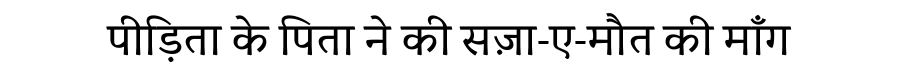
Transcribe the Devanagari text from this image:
पीड़िता के पिता ने की सज़ा-ए-मौत की माँग